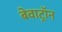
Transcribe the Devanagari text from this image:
बेवाट्रॉन